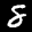
Label: 8